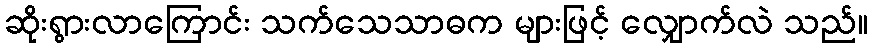
ဆိုးရွားလာကြောင်း သက်သေသာဓက များဖြင့် လျှောက်လဲ သည်။